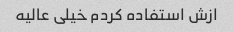
ازش استفاده کردم خیلی عالیه